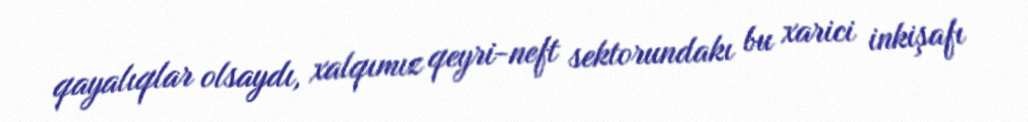
qayalıqlar olsaydı, xalqımız qeyri-neft sektorundakı bu xarici inkişafı